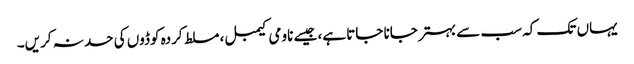
یہاں تک کہ سب سے بہتر جانا جاتا ہے، جیسے ناومی کیمبل، مسلط کردہ کوڈوں کی حد نہ کریں۔